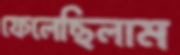
ফেলেছিলাম